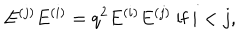
E ^ { ( j ) } E ^ { ( i ) } = q ^ { 2 } E ^ { ( i ) } E ^ { ( j ) } \mathrm { ~ i f ~ } i < j ,